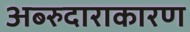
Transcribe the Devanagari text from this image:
अब्‍रुदाराकारण